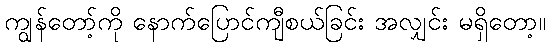
ကျွန်တော့်ကို နောက်ပြောင်ကျီစယ်ခြင်း အလျှင်း မရှိတော့။